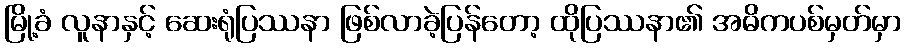
မြို့ခံ လူနာနှင့် ဆေးရုံပြဿနာ ဖြစ်လာခဲ့ပြန်တော့ ထိုပြဿနာ၏ အဓိကပစ်မှတ်မှာ